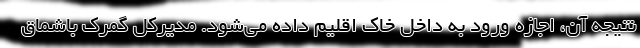
نتیجه آن، اجازه ورود به داخل خاک اقلیم داده می‌شود. مدیرکل گمرک باشماق